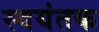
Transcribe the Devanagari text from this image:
स्‍वयंतक